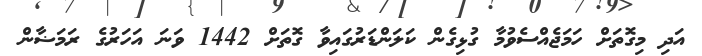
އަދި މިގޮތަށް ހަމަޖެއްސެވުމާ ގުޅިގެން ކަލަންޑަރުގައިވާ ގޮތަށް 1442 ވަނަ އަހަރުގެ ރަމަޟާން